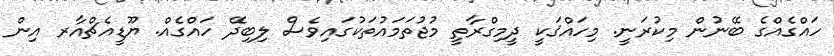
ހައްގެއްގެ ބޭނުން މިކުރަނީ. މިހައްޤަކީ ދީމިގްރާތީ މުޖުތަމައުތަކުގައިވެސް ލިބިދޭ ހައްގެއް. ޔޫޑީއެޗްއާރ އިން